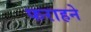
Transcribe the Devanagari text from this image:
फराहने